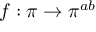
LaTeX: f : \pi \to \pi ^ { a b }